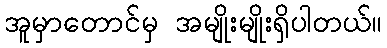
အူမှာတောင်မှ အမျိုးမျိုးရှိပါတယ်။